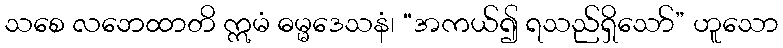
သစေ လဘေထာတိ ဣမံ ဓမ္မဒေသနံ၊ “အကယ်၍ ရသည်ရှိသော်” ဟူသော